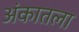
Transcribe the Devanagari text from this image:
अंकातला